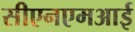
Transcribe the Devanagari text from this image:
सीएनएमआई